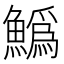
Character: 𩻟